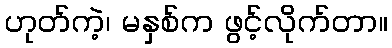
ဟုတ်ကဲ့၊ မနှစ်က ဖွင့်လိုက်တာ။